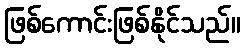
ဖြစ်ကောင်းဖြစ်နိုင်သည်။